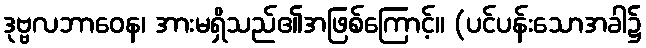
ဒုဗ္ဗလဘာဝေန၊ အားမရှိသည်၏အဖြစ်ကြောင့်။ (ပင်ပန်းသောအခါ၌